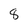
Character: 8